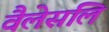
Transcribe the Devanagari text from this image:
वैलेसलि